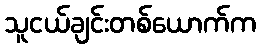
သူငယ်ချင်းတစ်ယောက်က